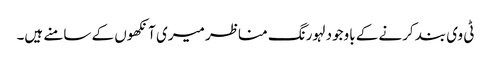
ٹی وی بند کرنے کے باوجود لہورنگ مناظر میری آنکھوں کے سامنے ہیں۔